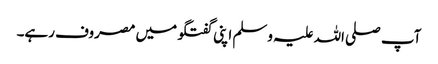
آپ صلی اللہ علیہ وسلم اپنی گفتگو میں مصروف رہے۔